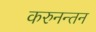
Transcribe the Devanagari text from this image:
करुनन्तन